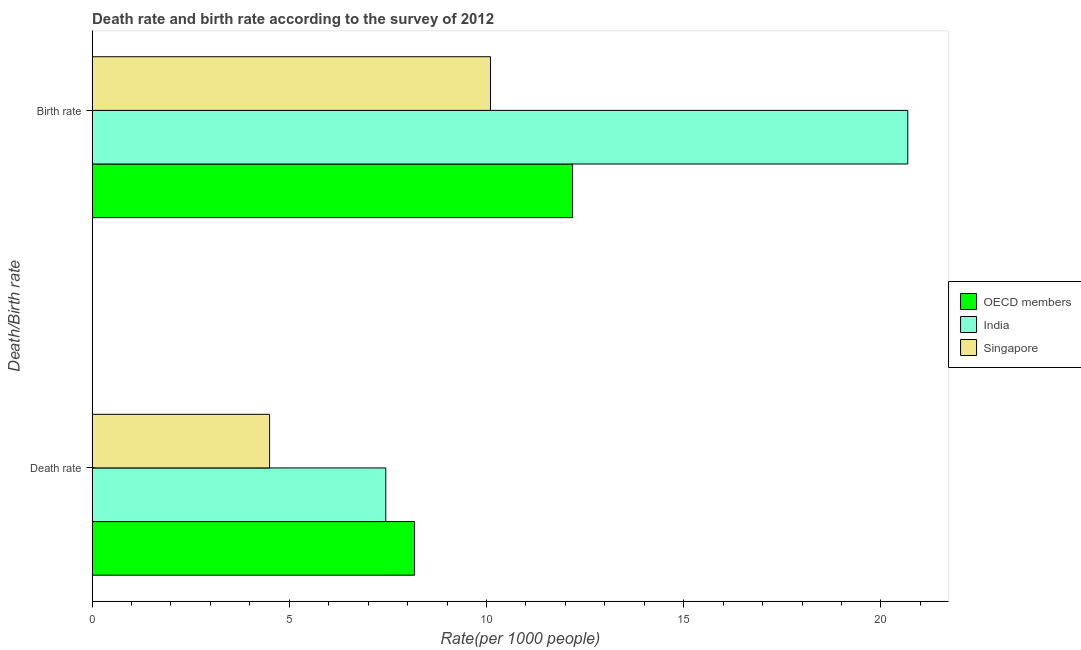
| Death/Birth rate | OECD members | India | Singapore |
 | --- | --- | --- | --- |
 | Death rate | 8.17 | 7.45 | 4.5 |
 | Birth rate | 12.2 | 20.7 | 10.1 |